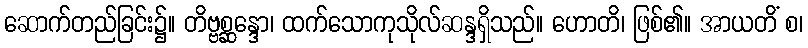
ဆောက်တည်ခြင်း၌။ တိဗ္ဗစ္ဆန္ဒော၊ ထက်သောကုသိုလ်ဆန္ဒရှိသည်။ ဟောတိ၊ ဖြစ်၏။ အာယတိံ စ၊